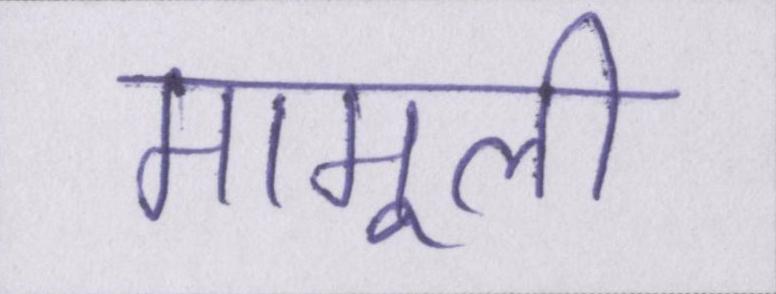
मामूली